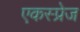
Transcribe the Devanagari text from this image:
एकस्प्रेज